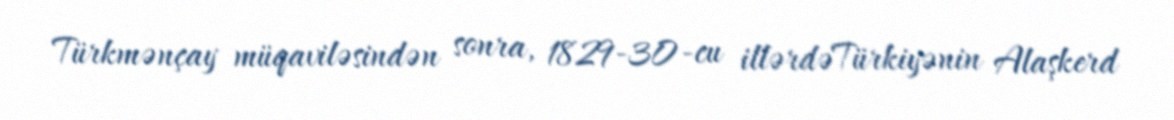
Türkmənçay müqaviləsindən sonra, 1829-30-cu illərdəTürkiyənin Alaşkerd